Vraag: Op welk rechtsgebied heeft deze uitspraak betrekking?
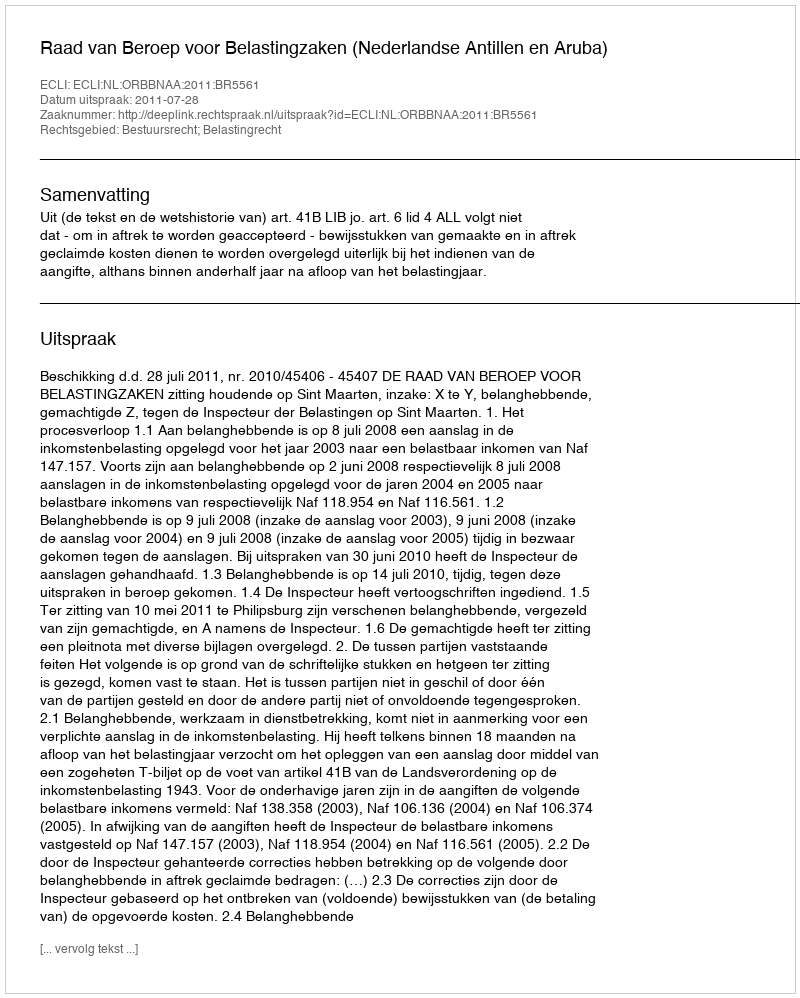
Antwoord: Bestuursrecht; Belastingrecht